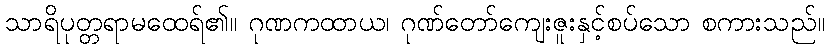
သာရိပုတ္တရာမထေရ်၏။ ဂုဏကထာယ၊ ဂုဏ်တော်ကျေးဇူးနှင့်စပ်သော စကားသည်။